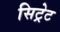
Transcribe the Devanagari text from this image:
सिट्रेट